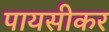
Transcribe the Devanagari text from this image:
पायसीकर